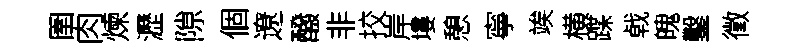
圉肉煉瀝隙個遼醱非挍岸塿憩寧竢横蹀㦸魄鑿徵